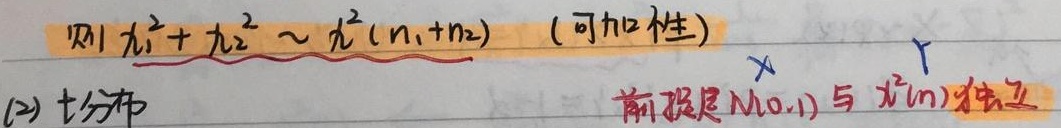
则\(\chi_{1}^{2}+\chi_{2}^{2}\sim\chi^{2}(n_{1} + n_{2})\)（可加性）。

(2) \(t\)分布前提是\(N(0,1)\)与\(\chi^{2}(n)\)独立。